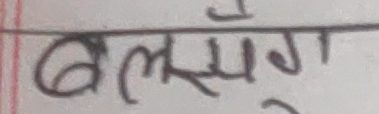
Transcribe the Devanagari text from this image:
बल्समेग